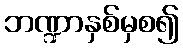
ဘဏ္ဍာနှစ်မှစ၍